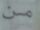
من